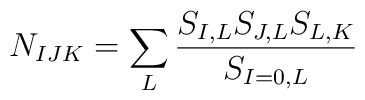
N_{IJK}=\sum_L{\frac{{S_{I,L}S_{J,L}S_{L,K}}}{S_{I=0,L}}}